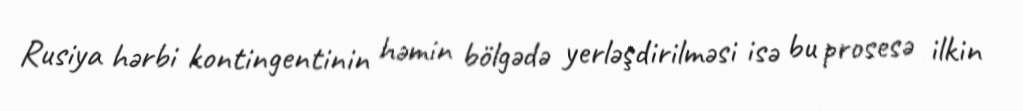
Rusiya hərbi kontingentinin həmin bölgədə yerləşdirilməsi isə bu prosesə ilkin